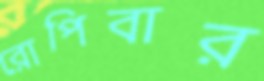
রোপিবার